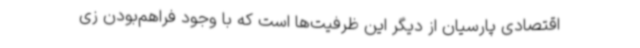
اقتصادی پارسیان از دیگر این ظرفیت‌ها است که با وجود فراهم‌بودن زی